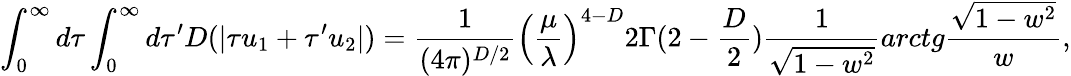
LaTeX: \int_{0}^{\infty}d\tau\int_{0}^{\infty}d\tau^{\prime}D(|\tau u_{1}+\tau^{\prime}u_{2}|)=\frac{1}{(4\pi)^{D/2}}\left(\frac{\mu}{\lambda}\right)^{4-D}2\Gamma(2-\frac{D}{2})\frac{1}{\sqrt{1-w^{2}}}arctg\frac{\sqrt{1-w^{2}}}{w},